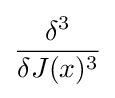
{\frac {\delta ^{3}}{\delta J(x)^{3}}}